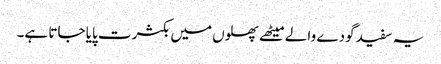
یہ سفید گودے والے میٹھے پھلوں میں بکثرت پایا جاتا ہے۔